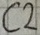
Text: C2